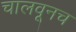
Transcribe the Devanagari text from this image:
चालवूनच